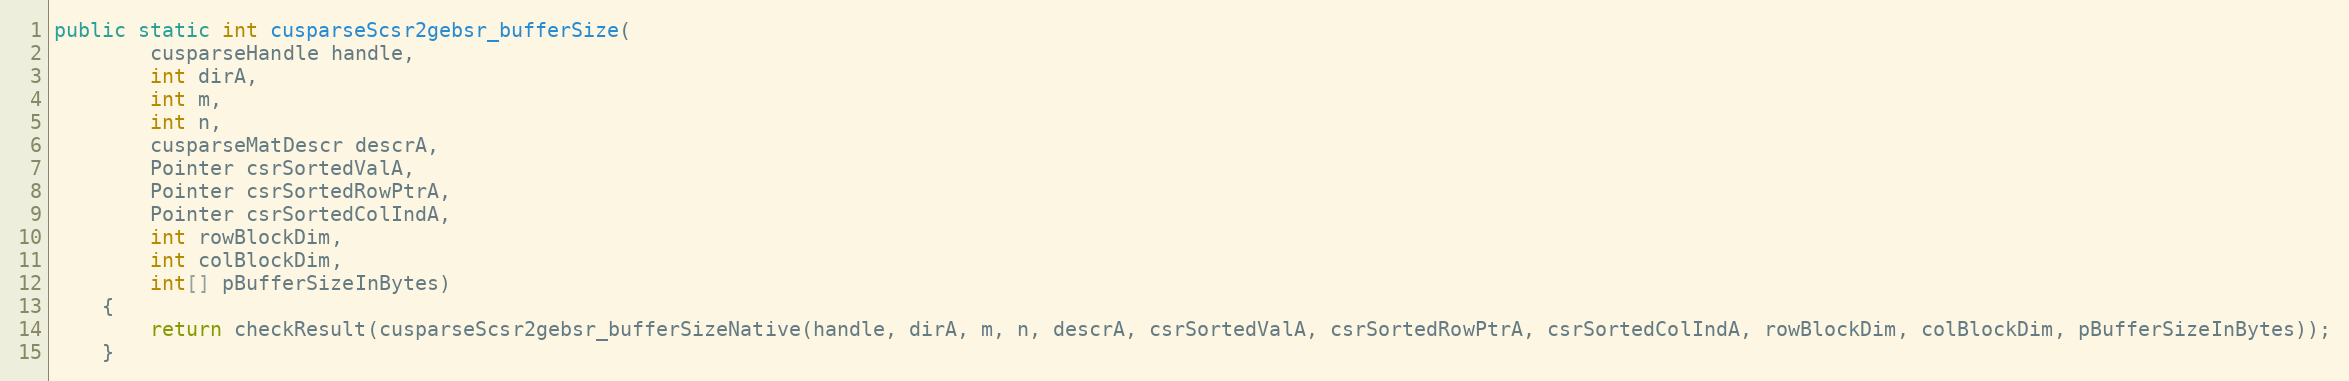
Language: Java
public static int cusparseScsr2gebsr_bufferSize(
        cusparseHandle handle,
        int dirA,
        int m,
        int n,
        cusparseMatDescr descrA,
        Pointer csrSortedValA,
        Pointer csrSortedRowPtrA,
        Pointer csrSortedColIndA,
        int rowBlockDim,
        int colBlockDim,
        int[] pBufferSizeInBytes)
    {
        return checkResult(cusparseScsr2gebsr_bufferSizeNative(handle, dirA, m, n, descrA, csrSortedValA, csrSortedRowPtrA, csrSortedColIndA, rowBlockDim, colBlockDim, pBufferSizeInBytes));
    }